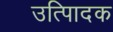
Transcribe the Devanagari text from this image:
उत्पािदक